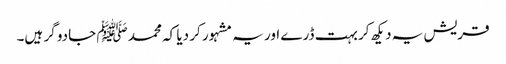
قریش یہ دیکھ کر بہت ڈرے اور یہ مشہور کر دیا کہ محمد ﷺ جادو گر ہیں۔